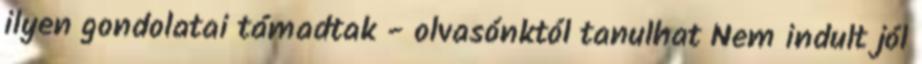
ilyen gondolatai támadtak - olvasónktól tanulhat Nem indult jól